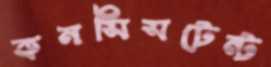
কনসিসটেন্ট